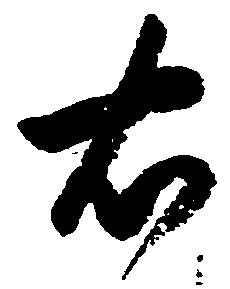
右